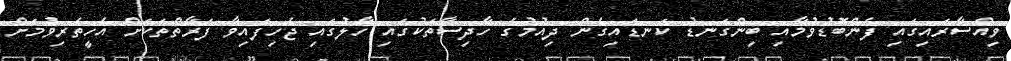
ވިއްސާރައިގައި ފެންބޮޑުވުމާއި ބިންގަނޑު ކަނޑައިގެން ދިއުމުގެ ހާދިސާތަކުގައި ހާލުގައި ޖެހިފައިވާ ފަރާތްތަކަށް އެހީތެރިވުމަށް